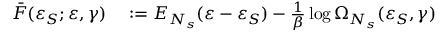
\begin{array} { r l } { \bar { F } ( \varepsilon _ { S } ; \varepsilon , \gamma ) } & { { } : = E _ { N _ { s } } ( \varepsilon - \varepsilon _ { S } ) - \frac { 1 } { \beta } \log { \Omega _ { N _ { s } } ( \varepsilon _ { S } , \gamma ) } } \end{array}